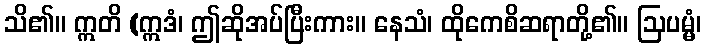
သိ၏။ ဣတိ (ဣဒံ၊ ဤဆိုအပ်ပြီးကား။ နေသံ၊ ထိုကေစိဆရာတို့၏။ ဩပမ္မံ၊